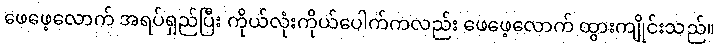
ဖေဖေ့လောက် အရပ်ရှည်ပြီး ကိုယ်လုံးကိုယ်ပေါက်ကလည်း ဖေဖေ့လောက် ထွားကျိုင်းသည်။